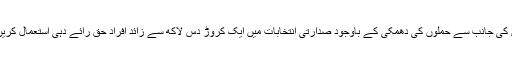
طالبان کی جانب سے حملوں کی دھمکی کے باوجود صدارتی انتخابات میں ایک کروڑ دس لاکھ سے زائد افراد حق رائے دہی استعمال کریں گے۔